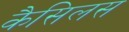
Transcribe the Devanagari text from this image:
कैसिलस